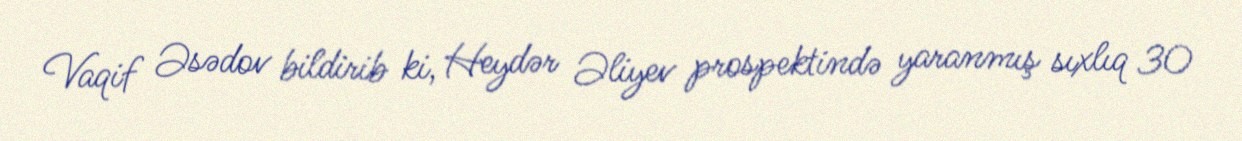
Vaqif Əsədov bildirib ki, Heydər Əliyev prospektində yaranmış sıxlıq 30